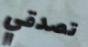
تصدقي